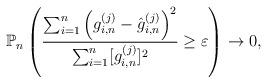
LaTeX: \begin{align*}\mathbb{P}_n \left( \frac{\sum_{i = 1}^n \left(g_{i,n}^{(j)} - \hat{g}_{i,n}^{(j)} \right)^2}{\sum_{i = 1}^n [g_{i,n}^{(j)}]^2} \geq \varepsilon \right) \to 0, \end{align*}